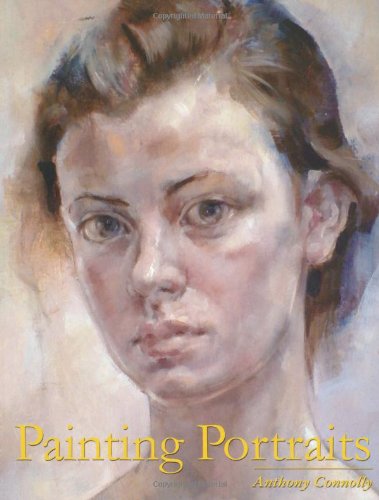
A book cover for Painting Portraits; Anthony Connolly; Arts & Photography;